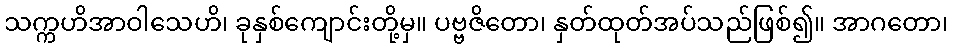
သက္ကဟိအာဝါသေဟိ၊ ခုနှစ်ကျောင်းတို့မှ။ ပဗ္ဗဇိတော၊ နှတ်ထုတ်အပ်သည်ဖြစ်၍။ အာဂတော၊